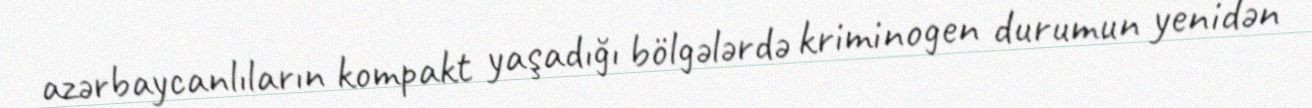
azərbaycanlıların kompakt yaşadığı bölgələrdə kriminogen durumun yenidən